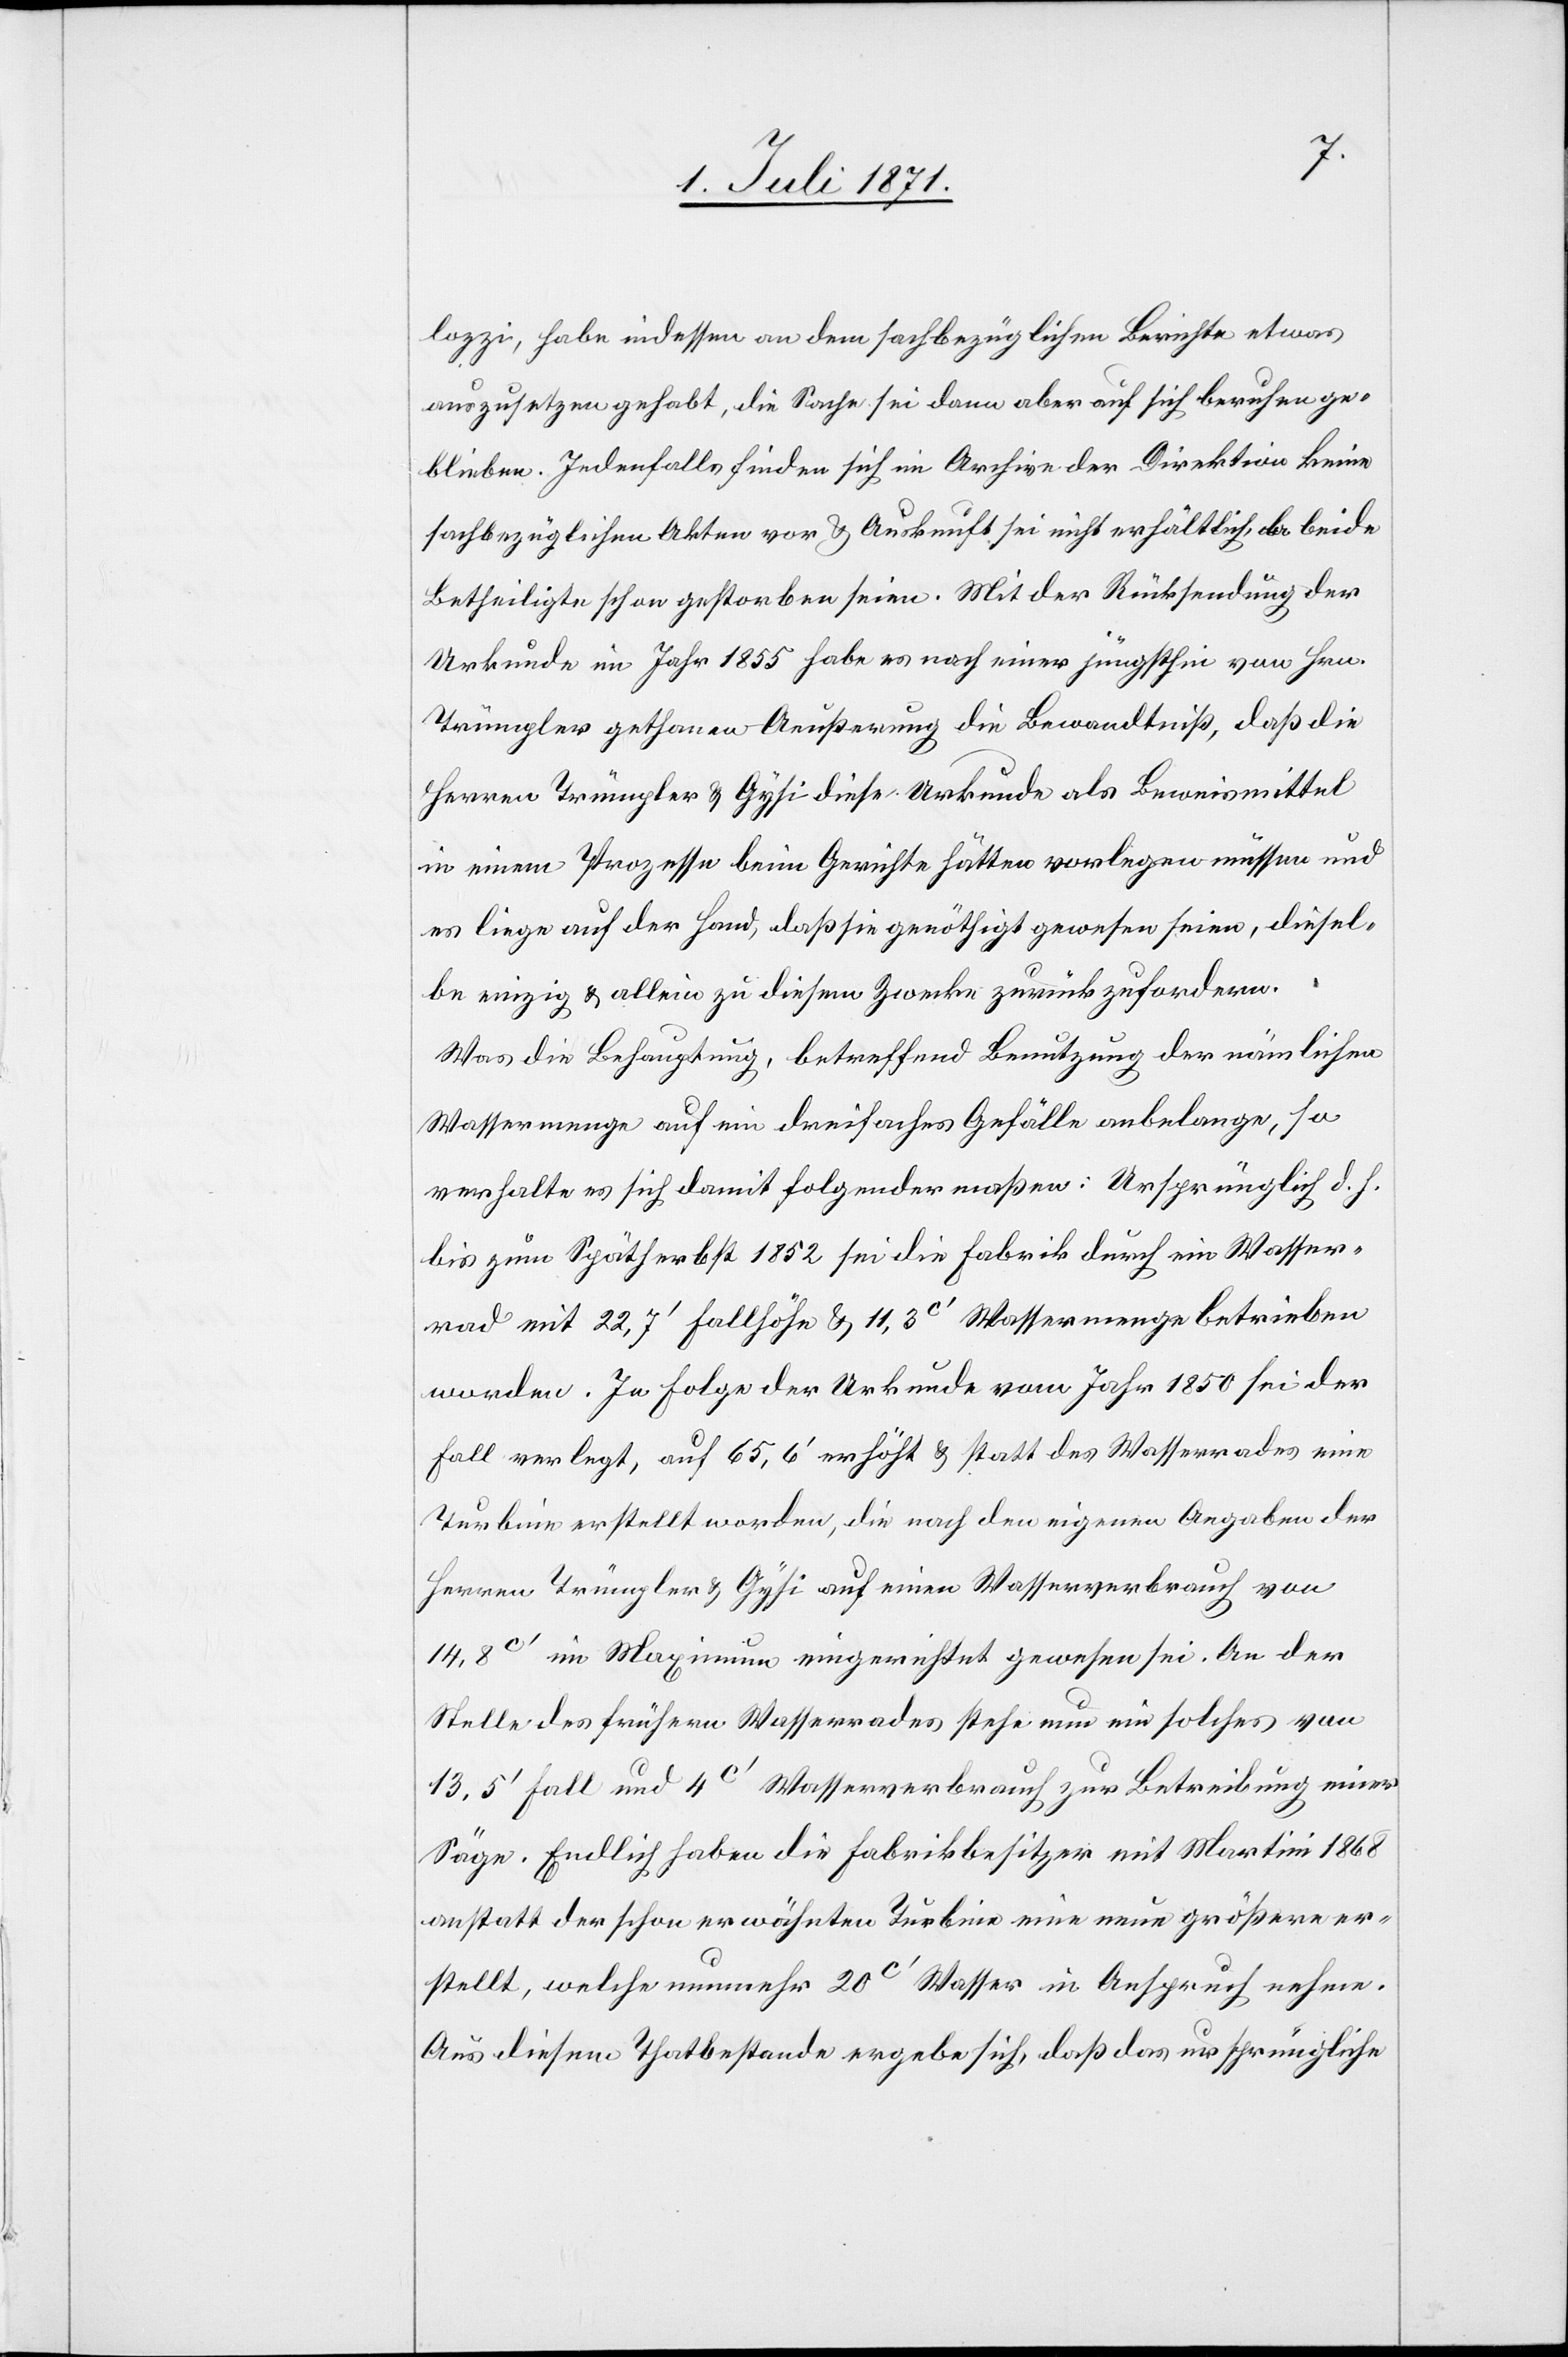
lozzi, habe indessen an dem sachbezüglichen Berichte etwas
auszusetzen gehabt, die Sache sei dann aber auf sich beruhen ge¬
blieben. Jedenfalls finden sich im Archive der Direktion keine
sachbezüglichen Akten vor u. Auskunft sei nicht erhältlich, ob beide
Betheiligte schon gestorben seien. Mit der Rücksendung der
Urkunde im Jahr 1855 habe es nach einer jüngsthin von Hrn.
Trümpler gethanen Aeußerung die Bewandtniß, daß die
Herren Trümpler u. Gysi diese Urkunde als Beweismittel
in einem Prozesse beim Gerichte hätten vorlegen müssen und
es liege auf der Hand, daß sie genöthigt gewesen seien, diesel¬
be einzig u. allein zu diesem Zwecke zurückzufordern.
Was die Behauptung, betreffend Benutzung der nämlichen
Wassermenge auf ein dreifaches Gefälle anbelange, so
verhalte es sich damit folgender maßen: Ursprünglich d. h.
bis zum Spätherbst 1852 sei die Fabrik durch ein Wasser¬
rad mit 22,7‘ Fallhöhe u. 11,3c‘ Wassermenge betrieben
worden. In Folge der Urkunde vom Jahr 1850 sei der
Fall verlegt, auf 65,6‘ erhöht u. statt des Wasserrades eine
Turbine erstellt worden, die nach den eigenen Angaben der
Herren Trümpler u. Gysi auf einen Wasserverbrauch von
14,8c‘ im Maximum eingerichtet gewesen sei. An der
Stelle des frühern Wasserrades stehe nun ein solches von
13.5‘ Fall und 4c‘ Wasserverbrauch zur Betreibung einer
Säge. Endlich haben die Fabrikbesitzer mit Martini 1868
anstatt der schon erwähnten Turbine eine neue größere er¬
stellt, welche nunmehr 20c‘ Wasser in Anspruch nehme.
Aus diesem Thatbestande ergebe sich, daß das ursprüngliche